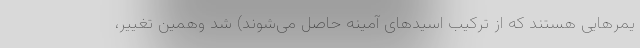
یمرهایی هستند که از ترکیب اسیدهای آمینه حاصل می‌شوند) شد وهمین تغییر،